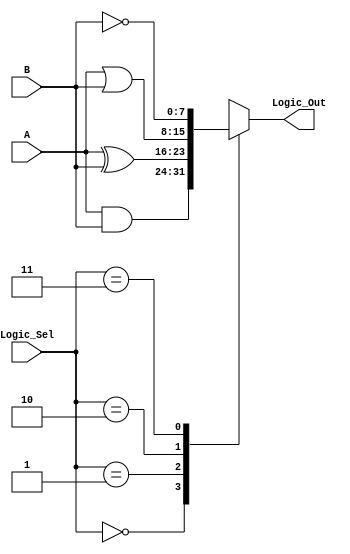
//Adder
module logic_unit(
           input [7:0] A,B,  				  // ALU 8-bit Inputs                 
           input [1:0] Logic_Sel,		  // ALU Selection
           output [7:0] Logic_Out 		  // ALU 8-bit Output
    );

//internal signals
    reg  [7:0] Logic_Result;
	 //continous assignment
    assign Logic_Out = Logic_Result; // Logic out 

	always@(*)
	begin
	case(Logic_Sel)
        2'b00: //  Logical and 
           Logic_Result = A & B;
        2'b01: //  Logical xor
           Logic_Result = A ^ B;
        2'b10: //  Logical or 
           Logic_Result = A | B;
        2'b11: //  Logical not
           Logic_Result = ~ B  ;
		  default: Logic_Result = 8'h00 ;
		  
   endcase  

	end
endmodule